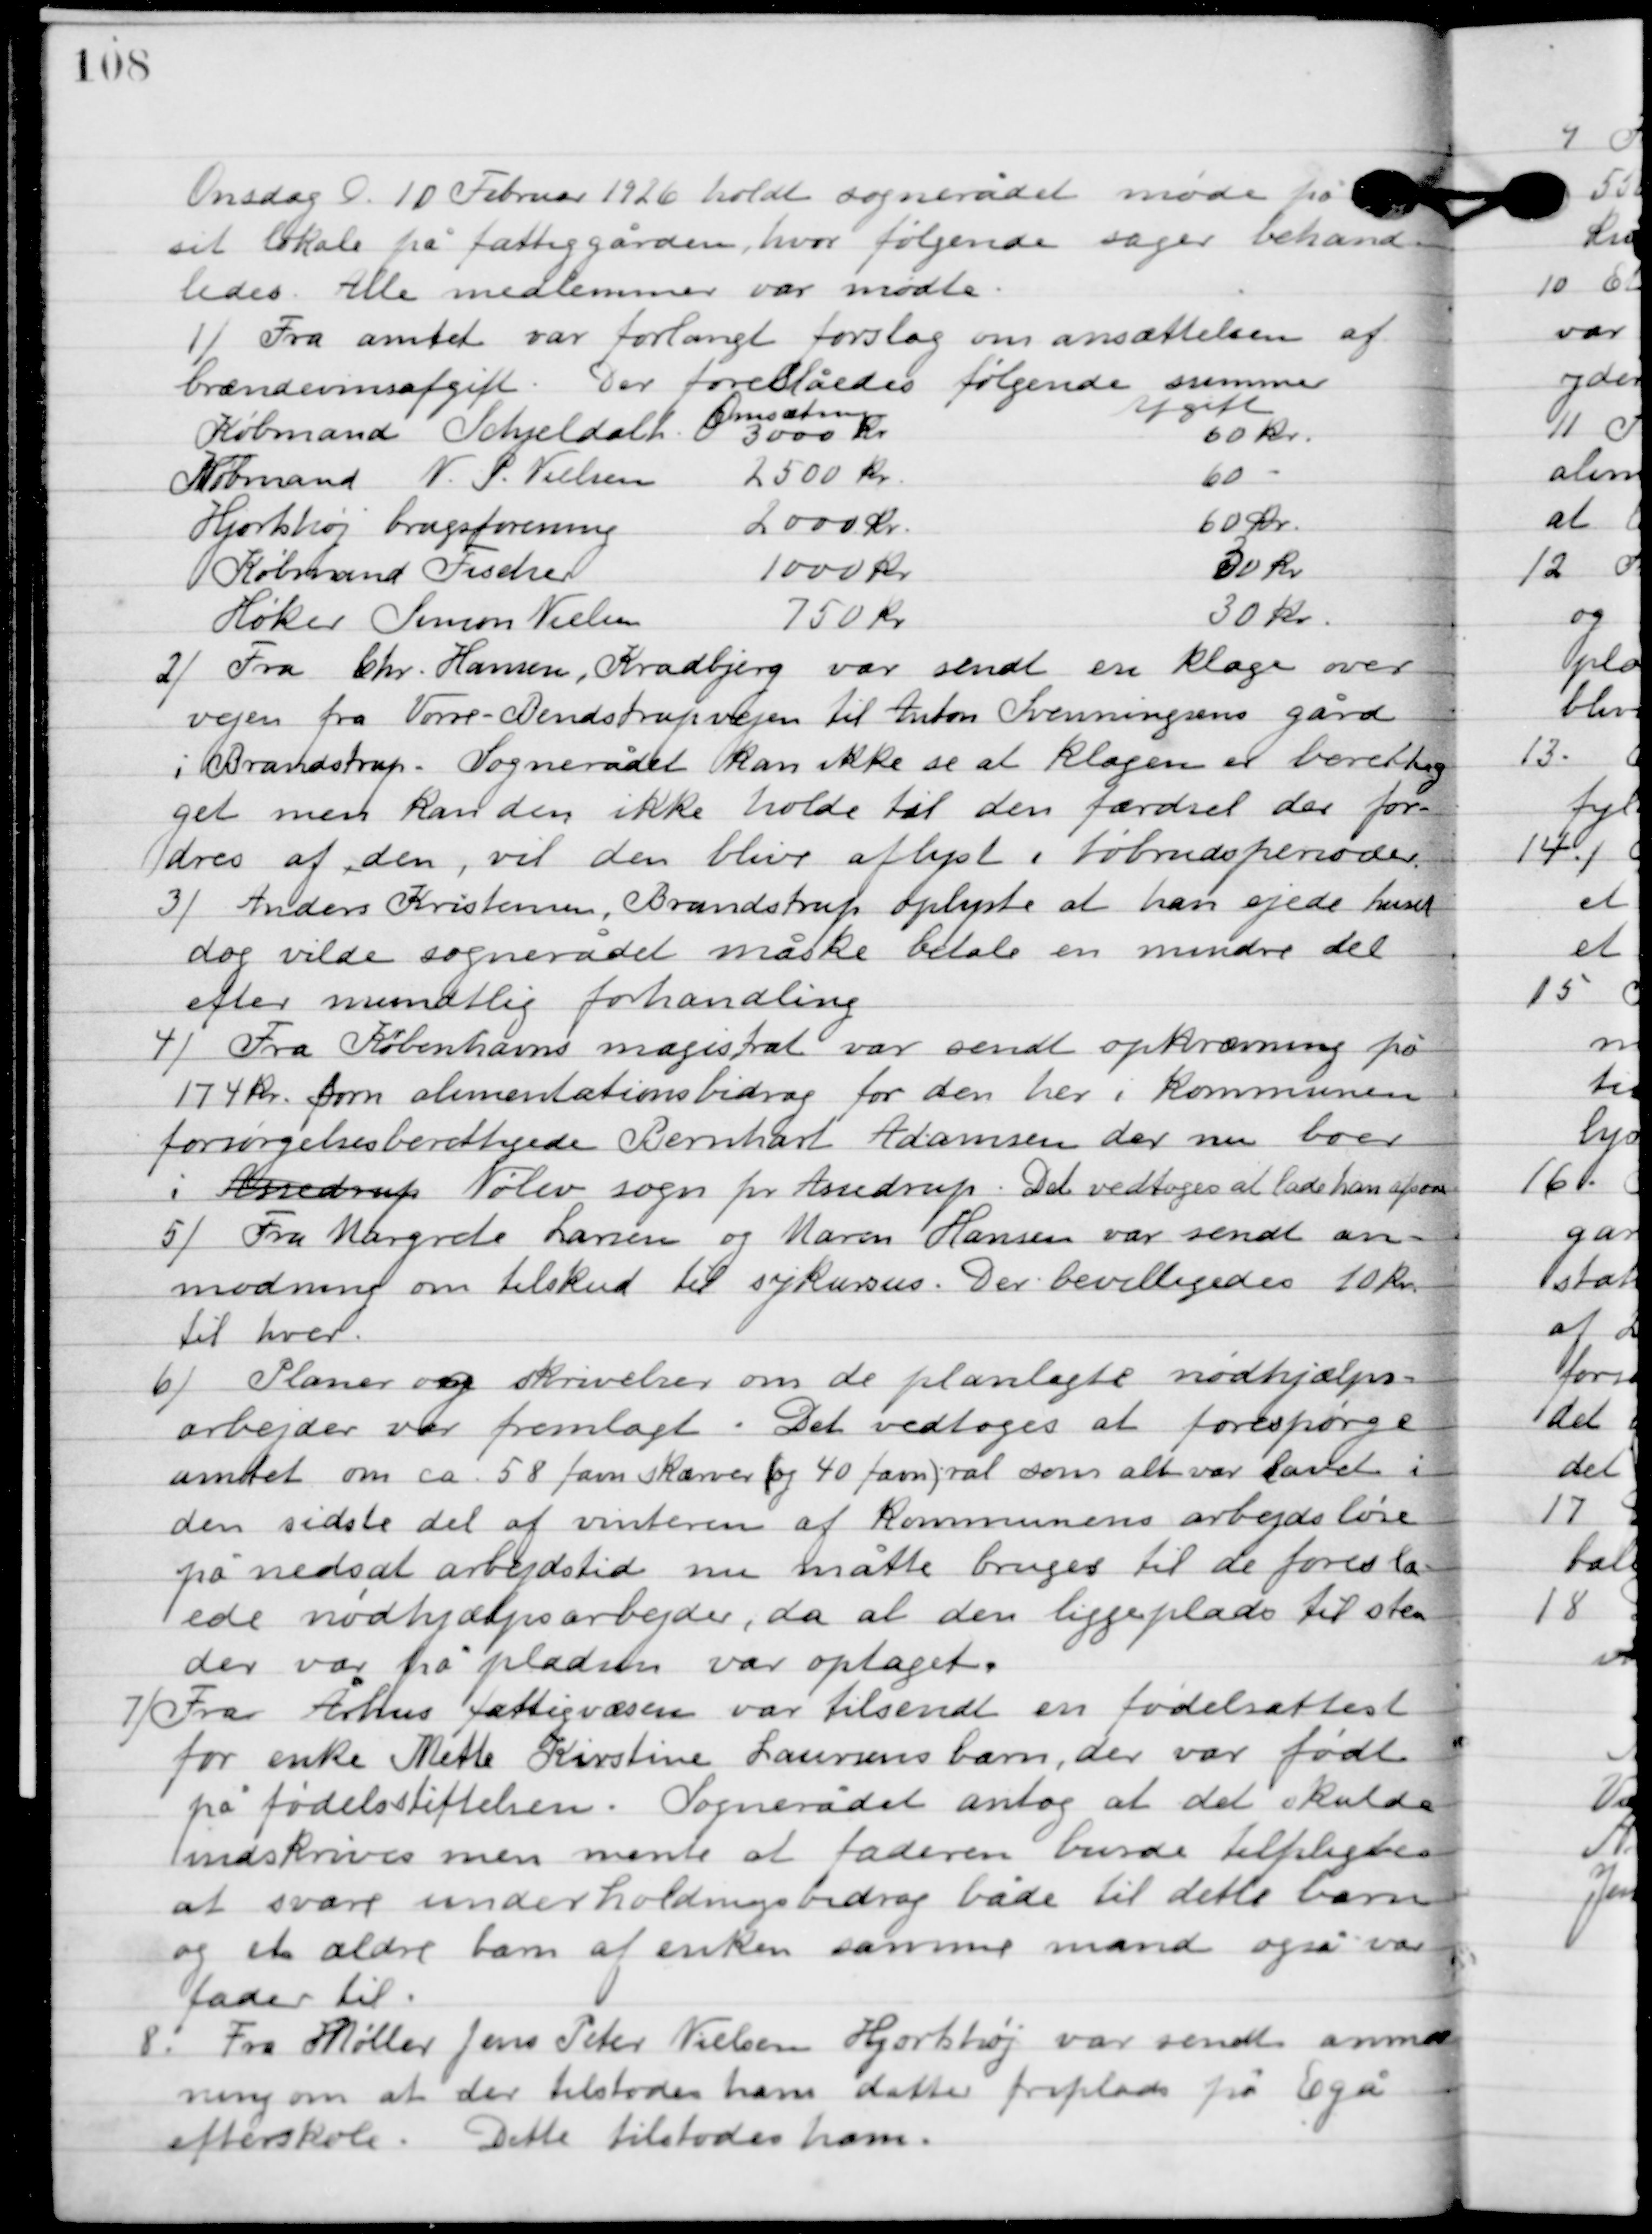
Transskription:
Onsdag D. 10. februar 1926 holdt sognerådet møde på
sit lokale på fattiggården, hvor følgende sager behand-
ledes. Alle medlemmer var mødte.

1

Fra amtet var forlangt forslag om ansættelsen af
brændselsafgift var foreslåedes følgende summer:

2

Fra Chr. Hansen, Kradbjerg var sendt en klage over 
vejen fra Vorre-Benstrupvejen til Anton Svenningsens gård 
i Brandstrup. Sognerådet kan ikke se at klagen er berettiget, 
men kan den ikke holde til den færdsel der for-
dres af den, vil den blive aflyst i tøbrudsperioder.

3

Anders Kristensen, Brandstrup oplyste at han ejede huset
dog vilde sognerådet måske betale en mindre del
efter mundtlig forhandling.

4

Fra Københavns magistrat var sendt opkrævning på
174 kr. som alimentationsbidrag for den her i kommunen
forsørgelsesberettigede Bernhardt Adamsen der nu boer
i Nølev sogn pr Assendrup. Det vedtoges at lade ham afsone.

5

Fra Margrethe Larsen og Maren Hanssen var sendt an-
modning om tilskud til sykursus. Der bevilligedes 10 kr.
 til hver.

6

Planer og skrivelser om de planlagte nødhjælps-
arbejder var fremlagt. Det vedtoges at forespørge
amtet om ca. 58 favn skærver og 40 favn ral som alt var lavet i
den sidste del af vinteren af kommunens arbejdsløs
på nedsat arbejdstid nu måtte bruges til de foreslå-
ede nødhjælpsarbejder, da al den liggeplads til sten
der var på pladsen var optaget.

7

Fra Århus fattigvæsen var tilsendt en fødselsattest
for enke Mette Kirstine Laursens barn, der var født
på fødselsstiftelsen. Sognerådet antog at det skulde
 indskrives, men mente at faderen burde tilpligtes
at svare underholdningsbidrag både til dette barn
og et ældre barn af enken samme mand også var
fader til.

8

Fra Møller Jens Peter Nielsen Hjortshøj var sendt anmod-
ning om at der tilstodes hans datter friplads på Egå
efterskole. Dette tilstodes ham.